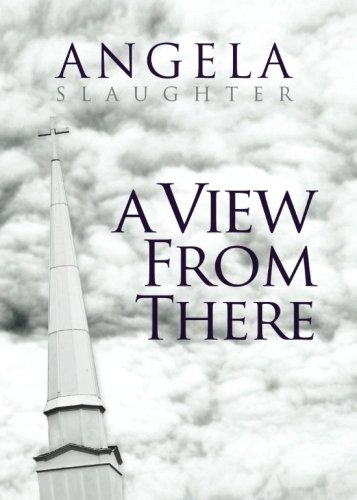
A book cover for A View from There; Angela Slaughter; Romance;